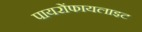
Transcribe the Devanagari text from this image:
पायरोंफायलाइट